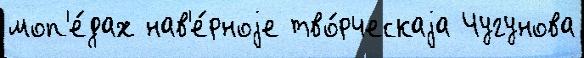
моп'е́дах нав'е́рноjе тво́рческаjа Чугунова